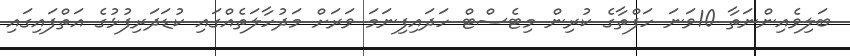
ބަލިވެއިންނަތާ 10ވަނަ ހަފްތާގެ ކުރިން މިޓެސްޓް ހަދައިފިނަމަ ވަރަށް މަދުހާލަތެއްގައި ކުޑަދަރިފުޅުގެ އަތްފައިގައި